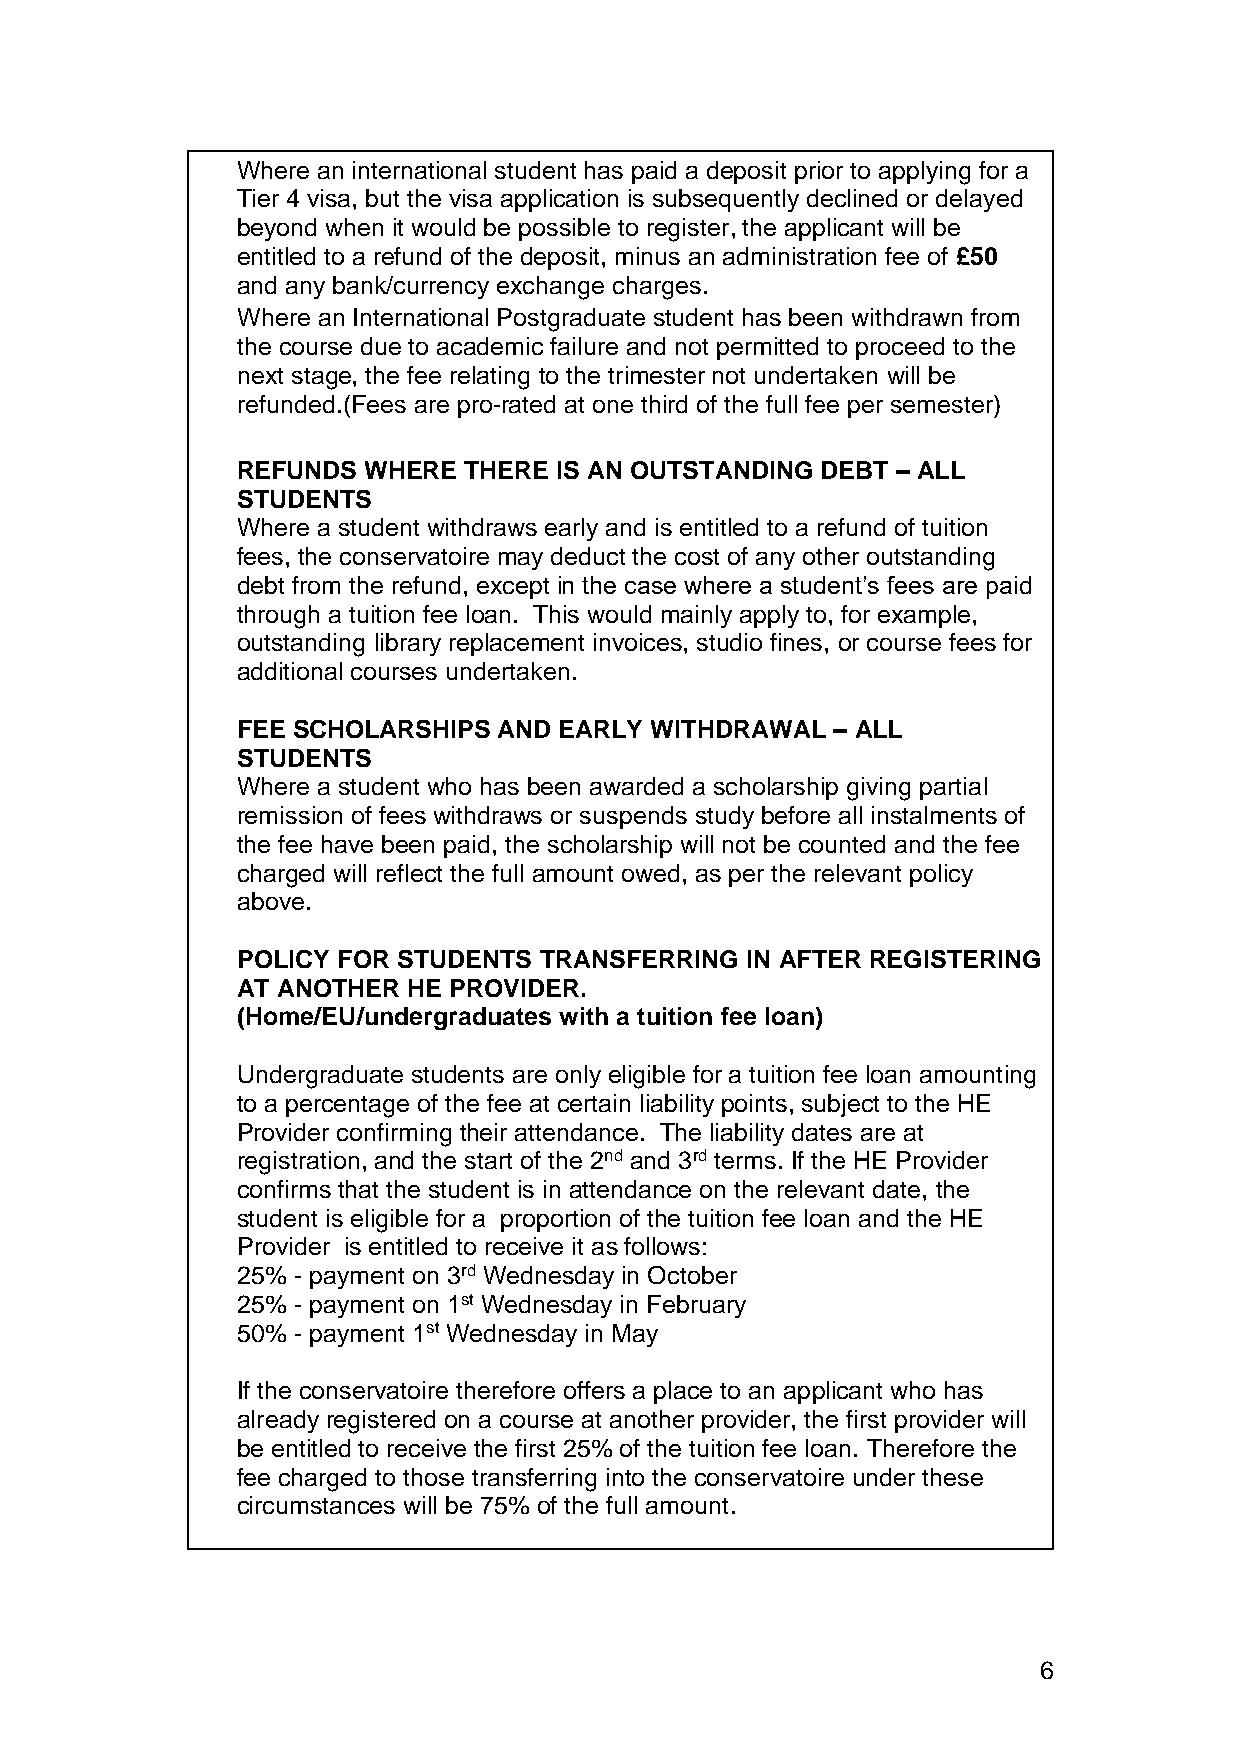
Where an international student has paid a deposit prior to applying for a
 Tier 4 visa, but the visa application is subsequently declined or delayed
 beyond when it would be possible to register, the applicant will be
 entitled to a refund of the deposit, minus an administration fee of £50
 and any bank/currency exchange charges.
 Where an International Postgraduate student has been withdrawn from
 the course due to academic failure and not permitted to proceed to the
 next stage, the fee relating to the trimester not undertaken will be
 refunded.(Fees are pro-rated at one third of the full fee per semester)
 REFUNDS WHERE  THERE IS AN OUTSTANDING DEBT – ALL
 STUDENTS
 Where a student withdraws early and is entitled to a refund of tuition
 fees, the conservatoire may deduct the cost of any other outstanding
 debt from the refund, except in the case where a student’s fees are paid
 through a tuition fee loan. This would mainly apply to, for example,
 outstanding library replacement invoices, studio fines, or course fees for
 additional courses undertaken.
 FEE SCHOLARSHIPS AND EARLY WITHDRAWAL  – ALL
 STUDENTS
 Where a student who has been awarded a scholarship giving partial
 remission of fees withdraws or suspends study before all instalments of
 the fee have been paid, the scholarship will not be counted and the fee
 charged will reflect the full amount owed, as per the relevant policy
 above.
 POLICY FOR STUDENTS TRANSFERRING IN AFTER REGISTERING
 AT ANOTHER HE PROVIDER.
 (Home/EU/undergraduates with a tuition fee loan)
 Undergraduate students are only eligible for a tuition fee loan amounting
 to a percentage of the fee at certain liability points, subject to the HE
 Provider confirming their attendance. The liability dates are at
 registration, and the start of the 2nd and 3rd terms. If the HE Provider
 confirms that the student is in attendance on the relevant date, the
 student is eligible for a proportion of the tuition fee loan and the HE
 Provider is entitled to receive it as follows:
 25% - payment on 3rd Wednesday in October
 25% - payment on 1st Wednesday in February
 50% - payment 1st Wednesday in May
 If the conservatoire therefore offers a place to an applicant who has
 already registered on a course at another provider, the first provider will
 be entitled to receive the first 25% of the tuition fee loan. Therefore the
 fee charged to those transferring into the conservatoire under these
 circumstances will be 75% of the full amount.
 6